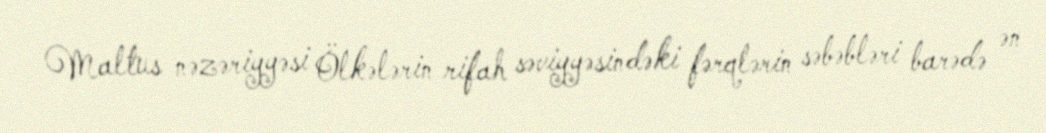
Maltus nəzəriyyəsi Ölkələrin rifah səviyyəsindəki fərqlərin səbəbləri barədə ən